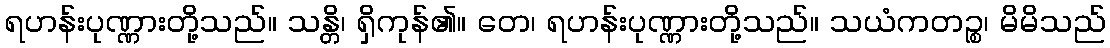
ရဟန်းပုဏ္ဏားတို့သည်။ သန္တိ၊ ရှိကုန်၏။ တေ၊ ရဟန်းပုဏ္ဏားတို့သည်။ သယံကတဉ္စ၊ မိမိသည်